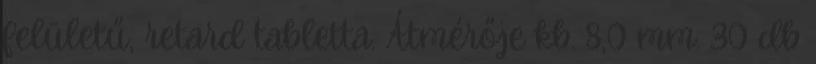
felületű, retard tabletta. Átmérője kb. 8,0 mm. 30 db